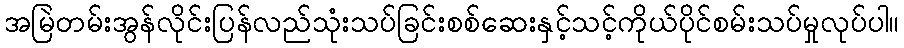
အမြဲတမ်းအွန်လိုင်းပြန်လည်သုံးသပ်ခြင်းစစ်ဆေးနှင့်သင့်ကိုယ်ပိုင်စမ်းသပ်မှုလုပ်ပါ။